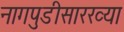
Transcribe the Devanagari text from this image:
नागपुडीसारख्या